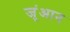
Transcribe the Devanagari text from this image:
जूंआन